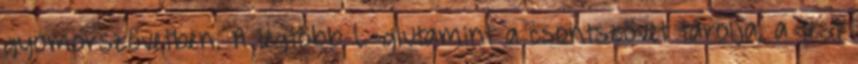
gyomorszövetben. A legtöbb L-glutamint a csontszövet tárolja, a test